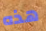
هذه